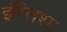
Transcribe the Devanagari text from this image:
इंग्लिशः